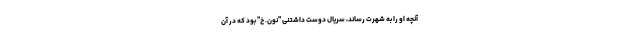
آنچه او را به شهرت رساند، سریال دوست داشتنی "نون. خ" بود که در آن